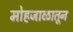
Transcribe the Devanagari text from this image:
मोहजाळातून